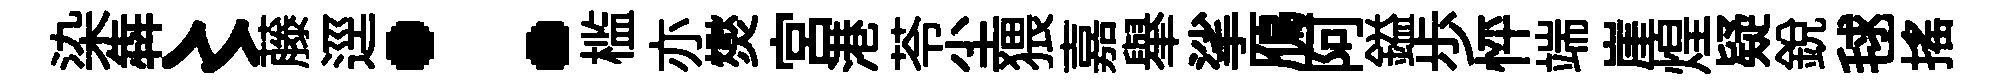
染犇〻藤逕：槛亦爕宮港苓尘猥嘉𦦙挲鴈阿鎰歩怦端崖煌疑銳毬搖